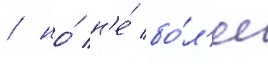
/ но́ н'е́ бо́л'ее